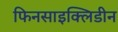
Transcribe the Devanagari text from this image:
फिनसाइक्लिडीन